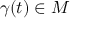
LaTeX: \gamma ( t ) \in M